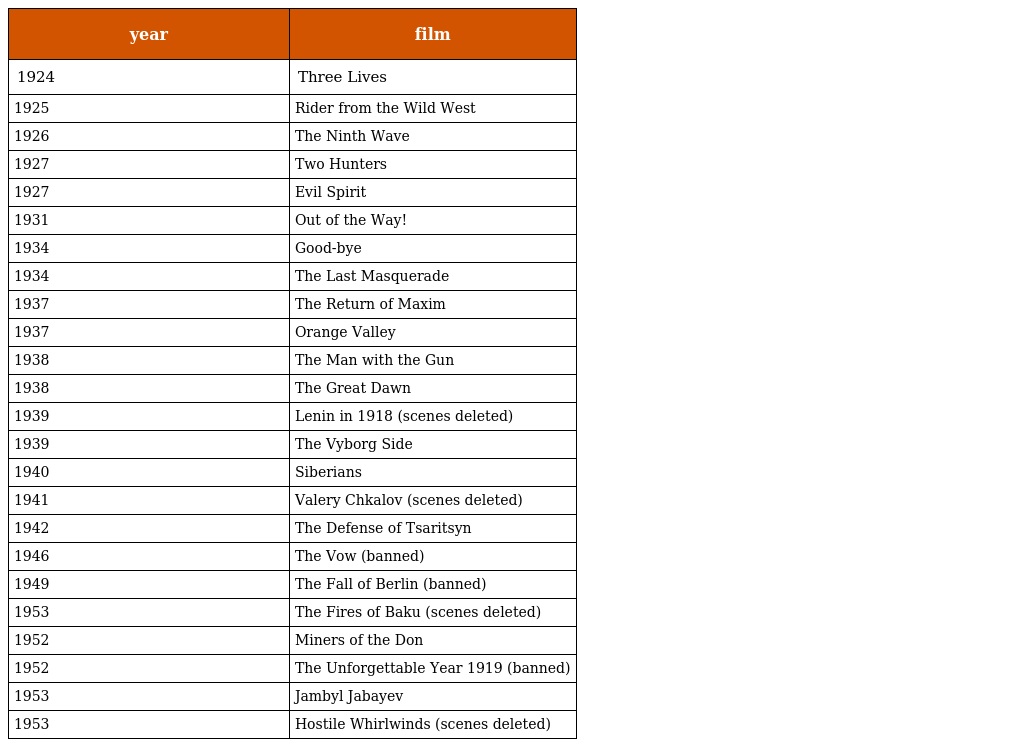
| year | film |
 | --- | --- |
 | 1924 | Three Lives |
 | 1925 | Rider from the Wild West |
 | 1926 | The Ninth Wave |
 | 1927 | Two Hunters |
 | 1927 | Evil Spirit |
 | 1931 | Out of the Way! |
 | 1934 | Good-bye |
 | 1934 | The Last Masquerade |
 | 1937 | The Return of Maxim |
 | 1937 | Orange Valley |
 | 1938 | The Man with the Gun |
 | 1938 | The Great Dawn |
 | 1939 | Lenin in 1918 (scenes deleted) |
 | 1939 | The Vyborg Side |
 | 1940 | Siberians |
 | 1941 | Valery Chkalov (scenes deleted) |
 | 1942 | The Defense of Tsaritsyn |
 | 1946 | The Vow (banned) |
 | 1949 | The Fall of Berlin (banned) |
 | 1953 | The Fires of Baku (scenes deleted) |
 | 1952 | Miners of the Don |
 | 1952 | The Unforgettable Year 1919 (banned) |
 | 1953 | Jambyl Jabayev |
 | 1953 | Hostile Whirlwinds (scenes deleted) |